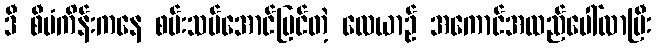
ဒီ စီမံကိန်းကနေ စမ်းသပ်အောင်မြင်တဲ့ လေယာဉ် အကောင်အထည်ပေါ်လာပြီး